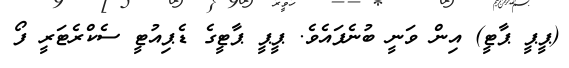
(ޕީޕީ ޕާޓީ) އިން ވަނީ ބުނެފައެވެ. ޕީޕީ ޕާޓީގެ ޑެޕިއުޓީ ސެކްރެޓަރީ ފޯ